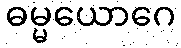
ဓမ္မယောဂေ